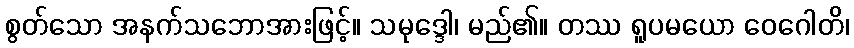
စွတ်သော အနက်သဘောအားဖြင့်။ သမုဒ္ဒေါ၊ မည်၏။ တဿ ရူပမယော ဝေဂေါတိ၊